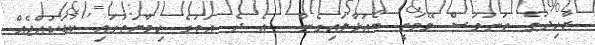
ޒާހިދުގެ ތަނަވަސް މޭމަތީ ބޯއަޅާލައިގެން  އެ ދެ އަތުގެ ހިމާޔަތުގައި ކުޑަކުއްޖެއް